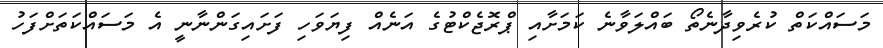
މަސައްކަތް ކުރެވިދާނެތޯ ބައްލަވާނެ ކަމަށާއި ޕްރޮޖެކްޓުގެ އަނެއް ފިޔަވަހި ފަށައިގަންނާނީ އެ މަސައްކަތަށްފަހު